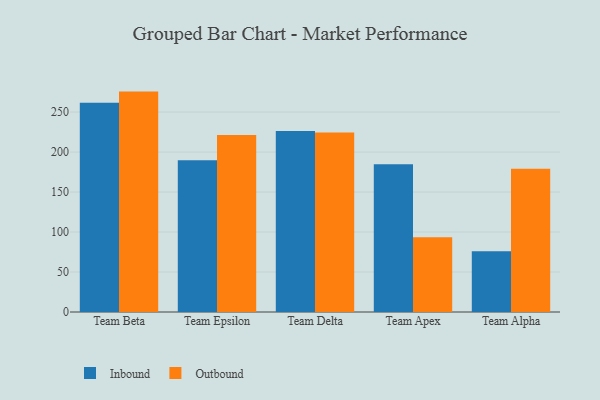
{"axis": {"x": "Team", "y": "Shipments"}, "legend": ["Inbound", "Outbound"], "data": [{"x": "Team Beta", "y": 261.6, "type": "Inbound"}, {"x": "Team Beta", "y": 275.6, "type": "Outbound"}, {"x": "Team Epsilon", "y": 189.8, "type": "Inbound"}, {"x": "Team Epsilon", "y": 221.3, "type": "Outbound"}, {"x": "Team Delta", "y": 226.4, "type": "Inbound"}, {"x": "Team Delta", "y": 224.4, "type": "Outbound"}, {"x": "Team Apex", "y": 184.6, "type": "Inbound"}, {"x": "Team Apex", "y": 93.6, "type": "Outbound"}, {"x": "Team Alpha", "y": 76.0, "type": "Inbound"}, {"x": "Team Alpha", "y": 179.0, "type": "Outbound"}]}